Civil Veterinary Department Bengal reports 1933-51 - 1933-1951
Year: 1933
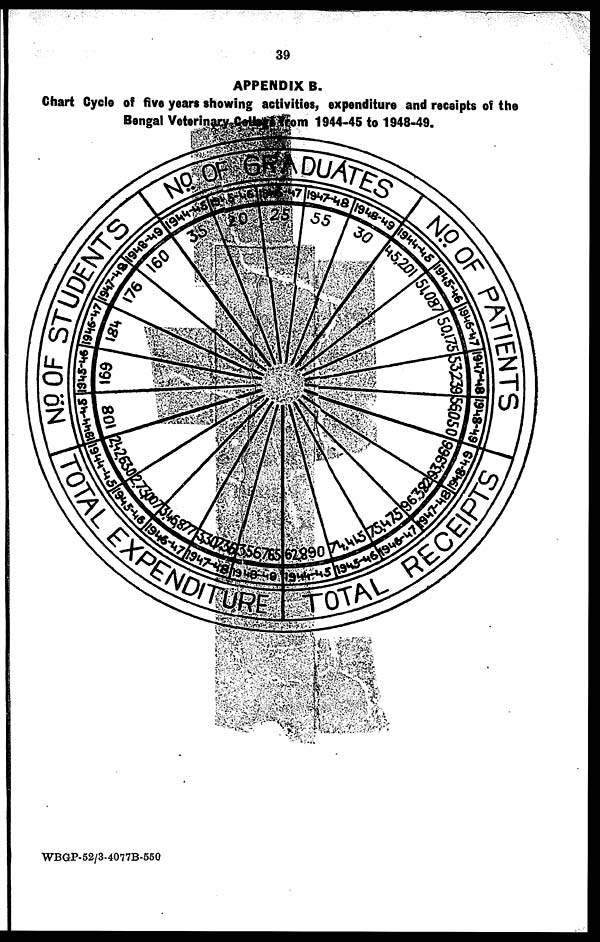
39
APPENDIX B.
Chart Cycle of five years showing activities, expenditure and receipts of the
Bengal VeterinaryCollege from 1944-45 to 1948-49.
WBGP-52/3-4077B-550